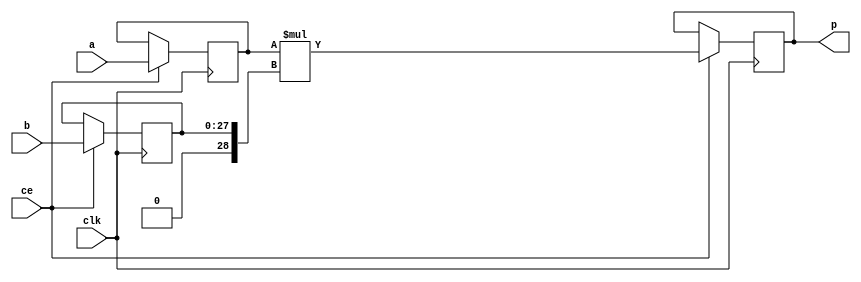
module hls_saturation_enpcA_MulnS_0(clk, ce, a, b, p);
input clk;
input ce;
input[29 - 1 : 0] a; // synthesis attribute keep a "true"
input[28 - 1 : 0] b; // synthesis attribute keep b "true"
output[47 - 1 : 0] p;

reg signed [29 - 1 : 0] a_reg0;
reg [28 - 1 : 0] b_reg0;
wire signed [47 - 1 : 0] tmp_product;
reg signed [47 - 1 : 0] buff0;

assign p = buff0;
assign tmp_product = a_reg0 * $signed({1'b0, b_reg0});
always @ (posedge clk) begin
    if (ce) begin
        a_reg0 <= a;
        b_reg0 <= b;
        buff0 <= tmp_product;
    end
end
endmodule